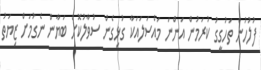
ފުލުހުން ތަހުގީގު ކުރަމުން އަންނަ މައްސަލައަކާ ގުޅިގެން ސުވާލުކޮށް ބަޔާން ނެގުމަށް ޒިޔަތު